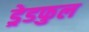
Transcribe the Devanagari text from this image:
ड्रेडफुल